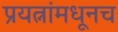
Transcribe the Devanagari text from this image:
प्रयत्नांमधूनच